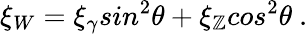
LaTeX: \xi_{W}=\xi_{\gamma}sin^{2}\theta+\xi_{\mathbb{Z}}cos^{2}\theta~.